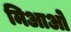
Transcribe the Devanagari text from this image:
मिआओ